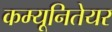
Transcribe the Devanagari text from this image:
कम्यूनितेयर